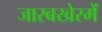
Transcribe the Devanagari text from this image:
जारबखेरमें